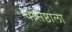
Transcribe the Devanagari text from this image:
वसिष्ठाला